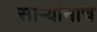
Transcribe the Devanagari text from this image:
साऱ्यांनाच